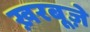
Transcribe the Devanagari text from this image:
ख़रबूज़े